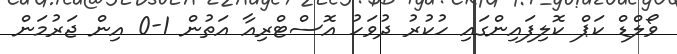
ވޯލްޑް ކަޕް ކޮލިފައިންގައި ހުކުރު ދުވަހު އޮސްޓްރިއާ އަތުން 1-0 އިން ޖަރުމަން